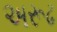
અરૂઢ